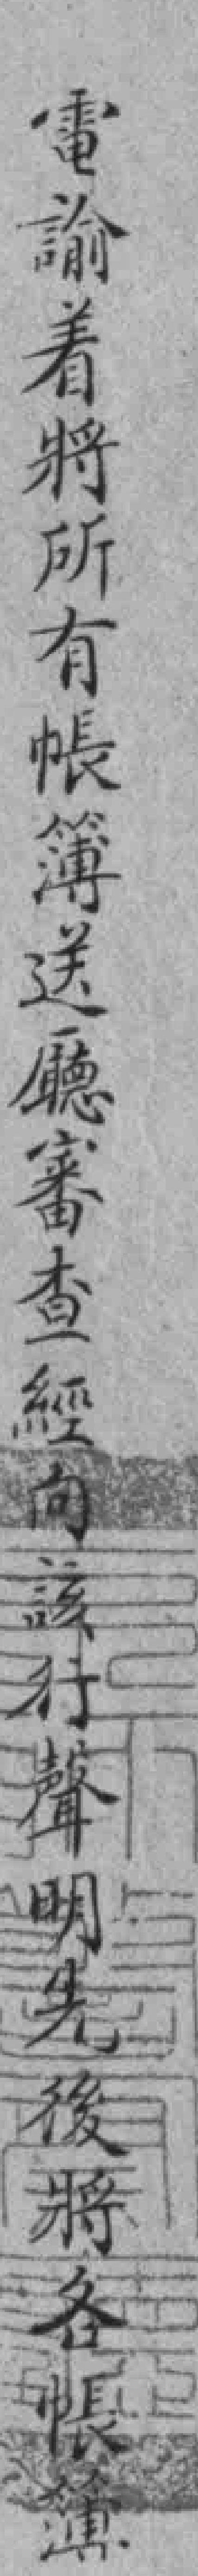
電諭着將所有帳薄送㕔審查經向該行聲明先後將各帳簿